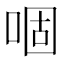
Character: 𠴱